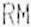
RM